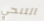
التنحي